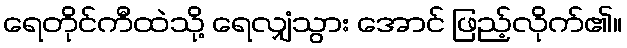
ရေတိုင်ကီထဲသို့ ရေလျှံသွား အောင် ဖြည့်လိုက်၏။